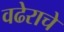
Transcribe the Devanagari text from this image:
वढेराचे